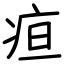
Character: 疸